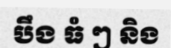
បឹង ធំ ៗ និង